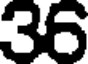
36